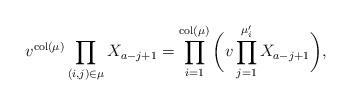
LaTeX: \begin{align*}v^{{\rm col}(\mu)}\prod_{(i,j)\in \mu} X_{a-j+1} = \prod_{i=1}^{{\rm col}(\mu)}\bigg( v \prod_{j=1}^{\mu'_i} X_{a-j+1}\bigg),\end{align*}